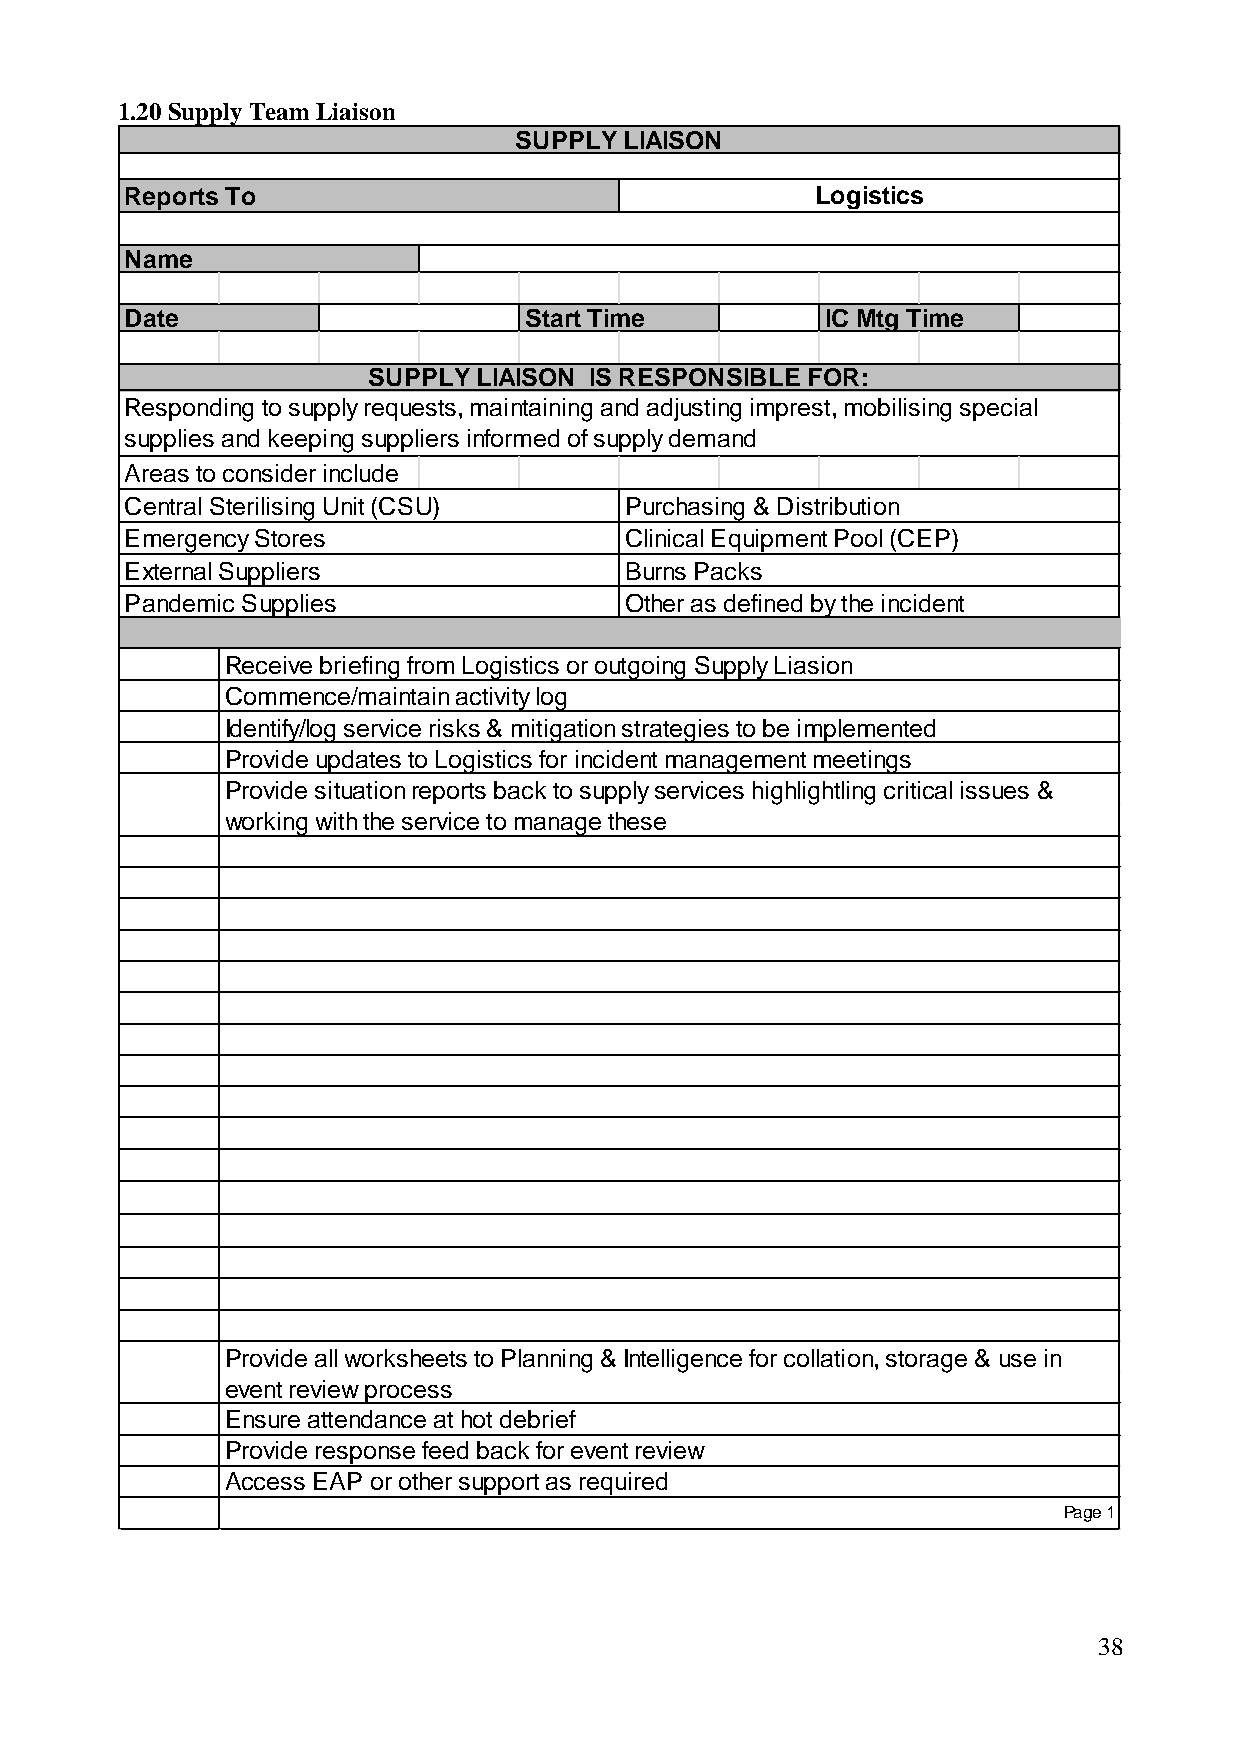
1.20 Supply Team Liaison
 SUPPLY LIAISON
 Reports To                                    Logistics
 Name
 Date                       Start Time          IC Mtg Time
 SUPPLY  LIAISON IS RESPONSIBLE FOR:
 Responding to supply requests, maintaining and adjusting imprest, mobilising special
 supplies and keeping suppliers informed of supply demand
 Areas to consider include
 Central Sterilising Unit (CSU)   Purchasing & Distribution
 Emergency Stores                 Clinical Equipment Pool (CEP)
 External Suppliers               Burns Packs
 Pandemic Supplies                Other as defined by the incident
 Receive briefing from Logistics or outgoing Supply Liasion
 Commence/maintain activity log
 Identify/log service risks & mitigation strategies to be implemented
 Provide updates to Logistics for incident management meetings
 Provide situation reports back to supply services highlightling critical issues &
 working with the service to manage these
 Provide all worksheets to Planning & Intelligence for collation, storage & use in
 event review process
 Ensure attendance at hot debrief
 Provide response feed back for event review
 Access EAP or other support as required
 Page 1
 38